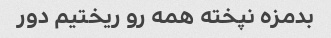
بدمزه نپخته همه رو ریختیم دور